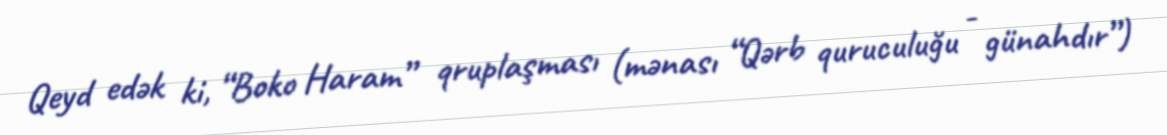
Qeyd edək ki, “Boko Haram” qruplaşması (mənası “Qərb quruculuğu - günahdır”)